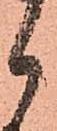
候